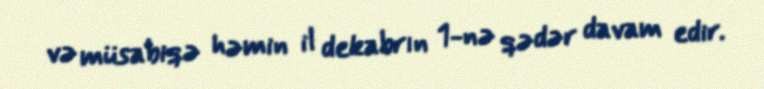
və müsabiqə həmin il dekabrın 1-nə qədər davam edir.